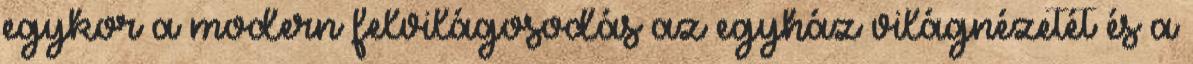
egykor a modern felvilágosodás az egyház világnézetét és a